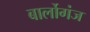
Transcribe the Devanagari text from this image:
बार्लोगंज